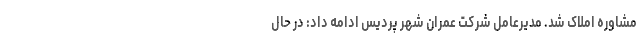
مشاوره املاک شد. مدیرعامل شرکت عمران شهر پردیس ادامه داد: در حال